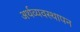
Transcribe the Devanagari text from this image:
अर्थव्यवस्थापन